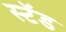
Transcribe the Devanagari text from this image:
स्‍टॅड